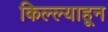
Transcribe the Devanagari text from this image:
किल्ल्याहून